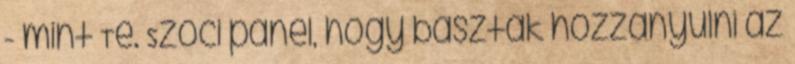
- mint Te. Szoci panel, hogy basztak hozzányúlni az